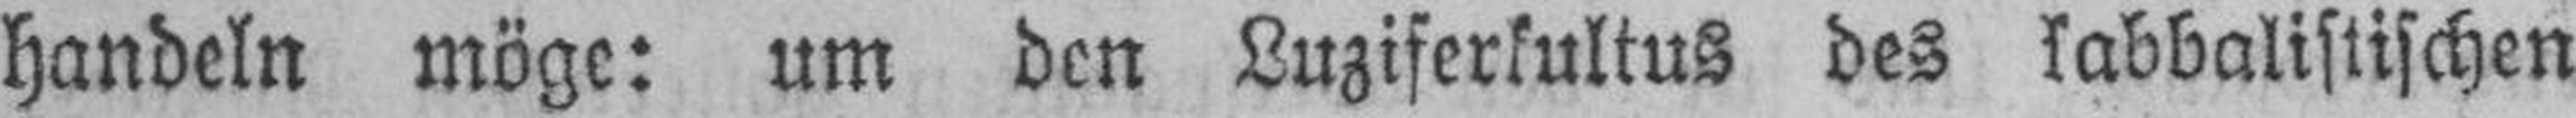
handeln möge: um den Luziferkultus des kabbalistischen